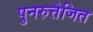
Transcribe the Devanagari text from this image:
पुनरुत्तेजित